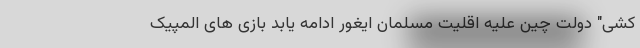
کشی" دولت چین علیه اقلیت مسلمان ایغور ادامه یابد بازی های المپیک